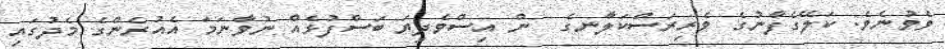
ވެވުނެވެ. ކަލޭގެފާނުގެ ވެރިރަސްކަލާނގެ  ން އިސްވެދިޔަ ބަސްފުޅެއް ނުވާނަމަ އެއުރެންގެ މެދުގައި